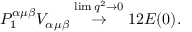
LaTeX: P _ { 1 } ^ { \alpha \mu \beta } V _ { \alpha \mu \beta } \stackrel { \operatorname * { l i m } q ^ { 2 } \rightarrow 0 } { \rightarrow } 1 2 { \cal E } ( 0 ) .